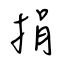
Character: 捐